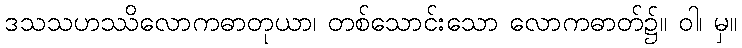
ဒသသဟဿိလောကဓာတုယာ၊ တစ်သောင်းသော လောကဓာတ်၌။ ဝါ၊ မှ။